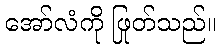
အော်လံကို ဖြုတ်သည်။